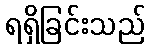
ရရှိခြင်းသည်